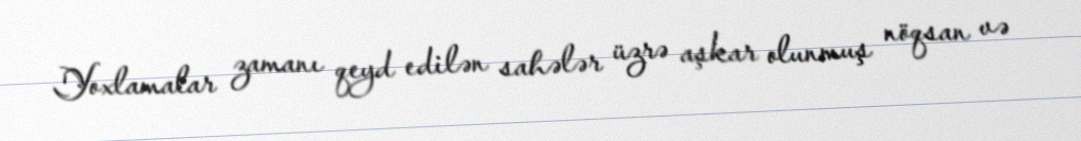
Yoxlamalar zamanı qeyd edilən sahələr üzrə aşkar olunmuş nöqsan və